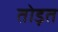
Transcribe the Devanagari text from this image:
तोड़त